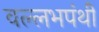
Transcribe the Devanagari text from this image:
वल्लभपंथी